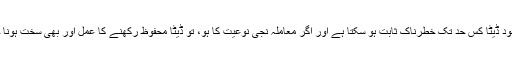
ان کے بقول یہ بات واضح ہو چکی ہے کہ انٹرنیٹ پر موجود ڈیٹا کس حد تک خطرناک ثابت ہو سکتا ہے اور اگر معاملہ نجی نوعیت کا ہو، تو ڈیٹا محفوظ رکھنے کا عمل اور بھی سخت ہونا چاہیے، ورنہ نقصان کی شدت اور بھی زیادہ ہو سکتی ہے۔